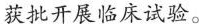
获批开展临床试验。